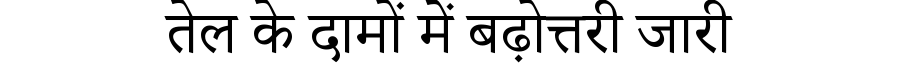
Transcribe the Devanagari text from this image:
तेल के दामों में बढ़ोत्तरी जारी